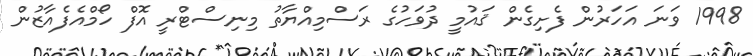
1998 ވަނަ އަހަރުން ފެށިގެން ޤައުމީ ދުވަހުގެ ރަސްމިއްޔާތު މިނިސްޓްރީ އޮފް ހޯމްއެފެއާޒުން